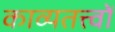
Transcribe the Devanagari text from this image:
काव्यतत्त्वों